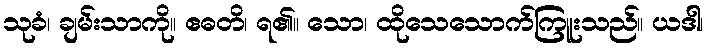
သုခံ၊ ချမ်းသာကို။ ဧဓတိ၊ ရ၏။ သော၊ ထိုသေသောက်ကြူးသည်။ ယဒါ၊